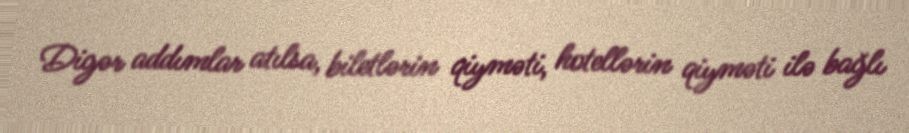
Digər addımlar atılsa, biletlərin qiyməti, hotellərin qiyməti ilə bağlı